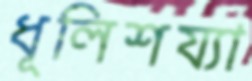
ধূলিশয্যা